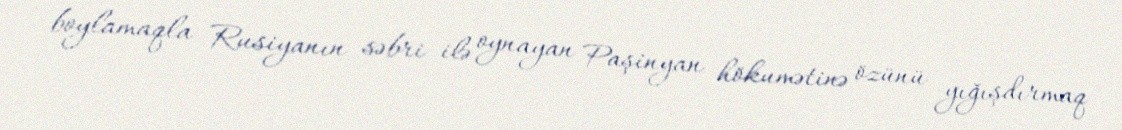
boylamaqla Rusiyanın səbri ilə oynayan Paşinyan hökumətinə özünü yığışdırmaq